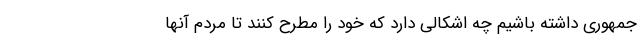
جمهوری داشته باشیم چه اشکالی دارد که خود را مطرح کنند تا مردم آنها